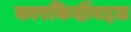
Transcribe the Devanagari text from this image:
कारकिर्दीबद्दल